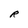
Character: R